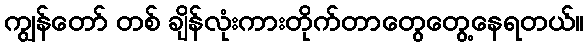
ကျွန်တော် တစ် ချိန်လုံးကားတိုက်တာတွေတွေ့နေရတယ်။